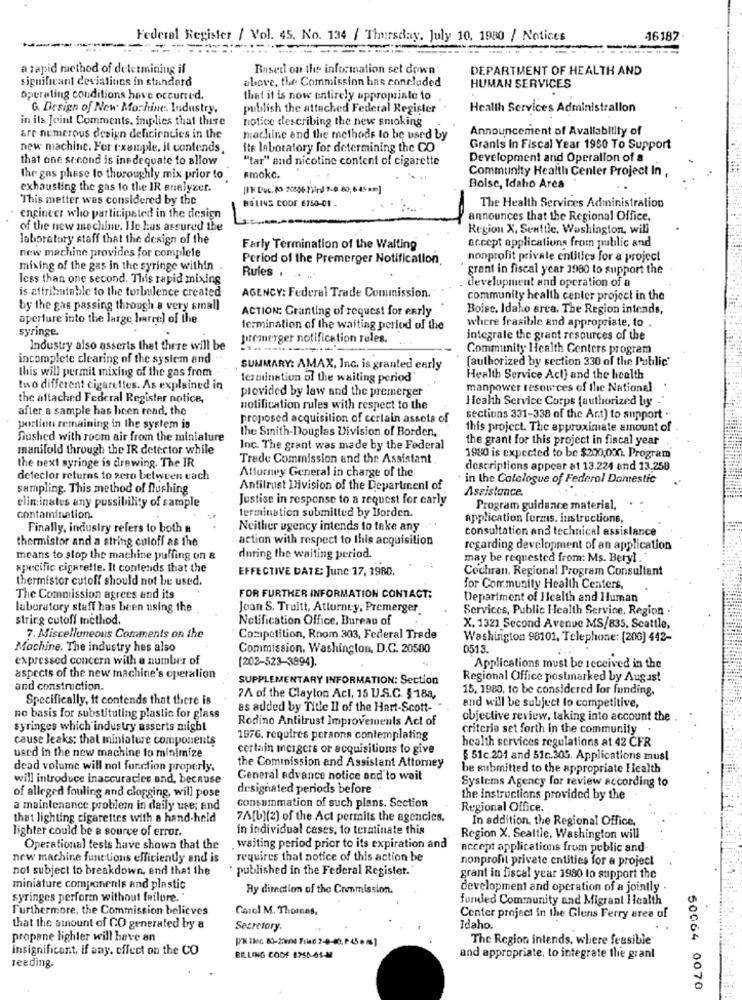
Federal Register / Vol. 45. No. 134 / Thursday, July 10, 1980 / Notices
16187
---
.-..
-
a rapid method of determining if
Busett on the information set down
DEPARTMENT OF HEALTH AND
significant deviations in standard
above, the Commission has concluded
HUMAN SERVICES
operating conditions have occurred.
that it is now entirely uppropriate to
6. Design of New Machine. Industry.
publish the attached Federal Register
Health Services Administrallon
in its Joint Comments, implies that these
notice describing the new smoking
Announcement of Availability of
are numerous design deficiencies in the
machine and the methods to be used by
new machinc. For example, il contends,
its laboratory for determining the CO
Grants In Fiscal Year 1950 To Support
that one second is ine dequate to allow
"tar" and nicotine content of cigarette
Development and Operation of a
Community Health Center Project In
the gas phase to thoroughly mix prior to
smoke.
exhausting the gas to the IR enalyzer.
Bolsc, Idaho Area
This metter was considered by the
BSLING CODE E750-01 .
The Health Services Administration
engineer who participated in the design
-
announces that the Regional Office.
of the new mechine. He hus assured the
Region X, Seattle, Washington, will
laboratory staff that the design of the
accept applications from public and
Farly Termination of the Walting
new machine provides for complele
Period of the Premerger Notification
nonprofit private entities for a project
mixing of the gas in the syringe within .
Rules
grant in fiscal year 1980 to support the
less than one second. This rapid Inixing
is attributable to the turbulence created
AGENCY: Federal Trade Commission.
development and operation of a
community health center project in the
by the gas passing through a very small
ACTION: Granting of request for early
Boisc. Idaho arca. The Region intends,
aperture into the large barrel of the
syringe.
termination of the waiting period of the
where frasible and appropriate, to .
premerger notification roles.
integrale the grant resources of the
Industry also asserts thet there will be
Community Health Centers program
incomplete clearing of the system and
(authorized by section 330 of the Public'
this will permil mixing of the gas from
SUMMARY: AMAX, Inc. is granted early
termination of the waiting period"
Health Service Act) and the health
two different cigarettes. As explained in
provided by law and the premerger
manpower resources of the National
the attached Federal Register notice,
Health Service Corps fauthorized by .
after a sample has been read, the
notification rules with respect to the
proposed acquisition of certain assets of
sections 331-338 of the Ant) to support "
portion remaining in the system is
the Smith-Douglas Division of Borden,
this project. The approximate amount of
Sushed with room air from the miniature
the grant for this project in fiscal year
manifold through the IR detector while
Inc. The grant was made by the Federal
the next syringe is drawing. The IR
Trade Commission and the Assistant .
1980 is expected to be $200,000. Program
Attorney General in charge of the
descriptions appear at 13.224 and 13.258
deteclor returns to zero between cach
in the Catalogue of Federal Domestic
sampling. This method of flushing
Antilrust Division of the Department of
Assistance.
Justise in response to a request for carly
eliminates any possibility of sample
termination submitted by Borden.
Program guidance material,
contamination.
application forms, instructions,
Finally, industry refers to both #
Neither agency intends to take any
consultation and technical assistance
thermistor and a string culoff as the
action with respect to this acquisition
regarding development of an application
means to stop the machine puffing on &
during the waiting period.
may be requested from: Ms. Beryl .
specific cigarette. It contends that the
EFFECTIVE DATE: June 17, 1980.
Cochran. Regional Program Consultant
thermistor cutoff should not be used.
for Community Health Centers,
The Commission agrees and its
FOR FURTHER INFORMATION CONTACT:
Department of Health and Human
laboratory stuff has been using the
Joan S. Truitt, Attorney, Premerger
Services, Public Health Service, Region .
string cutoff incthod.
Notification Office, Bureau of
X. 1321 Second Avenue MS/835, Seattle,
7. Miscelluneous Comments on the
Competition, Room 303, Federal Trade
Washington 98101, Telephone: [200] 442-
Machine. The industry has also
Commission, Washington, D.C. 20500
0513.
expressed concern with a number of
[202-523-3894).
Applications must be received in the
aspects of the new machine's operalion
SUPPLEMENTARY INFORMATION: Section
Regional Office postmarked by August
and construction.
15, 1980, to be considered lor funding.
Specifically, it contends that there is
7A of the Clayton Acl, 15 U.S.C. §18a,
and will be subject to competitive,
as added by Title Il of the Hart-Scott-"
no basis for substituting plastic for glass
Rodino Antitrust Improvements Act of
objective review, taking into account the
syringes which industry asserts might
criteria set forth in the community .
cause leaks; that miniature components
1976. requires persons contemplating
health services regulations at 42 CFR
certain mergers or acquisitions to give
used in the new machine to minimize
$ 51c.201 and 51c.305. Applications musl
dead volume will not function properly.
the Commission and Assistant Attorney
be submitted to the appropriate Health
will introduce inaccuracies and, because
General advance notice and to wait
Systems Agency for review according to
designated periods before
of alleged fouling and clogging, will pose
the instructions provided by the
a maintenance problem in daily use; and
consummation of such plans. Section
Regional Office.
that lighting cigarettes with a hand-held
7A[b][2] of the Act permits the agencies,
lighter could be a source of error.
in individual cases, to terminate this
In addition, the Regional Office,
Region X. Seattle, Washington will
Operational tests have shown that the
waiting period prior to its expiration and
accept applications from public and-
new machine functions efficiently and is
requires that notice of this action be
nonprofit private entities for a project
not subject to breakdown, and that the
published in the Federal Register.
grant in fiscal year 1980 to support the
miniature components and plastic
Ry direction of the Commission.
development and operation of a jointly .
syringes perform without failure."
furjed Community and Migrant Ilcalth
Furthermore, the Commission believes
Carol M. Thomnes,
Center project in the Glens Ferry area of
that the amount of CO generated by a
Secretary.
Idaho.
propane lighter will have an
The Region intends, where feasible
insignificant, if any. effect on the CO
BILLING CODE 6250-01-M
and appropriate, to integrate the grant
reading.
50064 0070